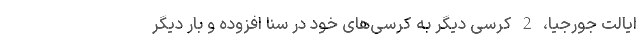
ایالت جورجیا، 2 کرسی دیگر به کرسی‌های خود در سنا افزوده و بار دیگر